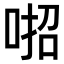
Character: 𠶅